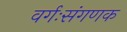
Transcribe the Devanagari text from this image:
वर्गःसंगणक